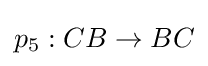
p_{5}:CB\rightarrow BC